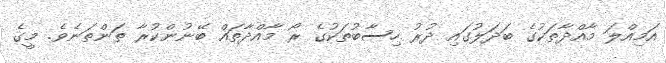
އަމިއްލަ މާއްދާތަކުގެ ބަދަލުގައި ދުރު ހިސާބުތަކުގެ ރޯ މާއްދާތައް ބޭނުންކުރާ ތަންތަނެވެ. މީގެ